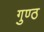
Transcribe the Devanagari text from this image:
गुण्ठ